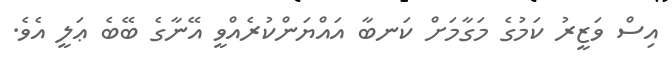
އިސް ވަޒީރު ކަމުގެ މަގާމަށް ކަނބާ އައްޔަންކުރެއްވީ އޭނާގެ ބޭބެ ޢަލީ އެވެ.